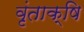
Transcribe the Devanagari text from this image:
वृंताक्षि